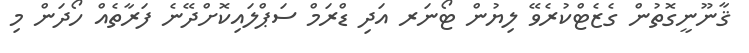
ޤާނޫނީގޮތުން ގެޒެޓްކުރެވޭ ލިޔުން ޓޯނަރ އަދި ޑްރަމް ސަޕްލައިކޮށްދޭނެ ފަރާތެއް ހޯދަން މި